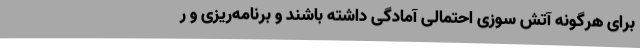
برای هرگونه آتش سوزی احتمالی آمادگی داشته باشند و برنامه‌ریزی و ر